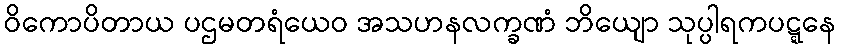
ဝိကောပိတာယ ပဌမတရံယေဝ အသဟနလက္ခဏံ ဘိယျော သုပ္ပါရကပဋ္ဋနေ